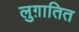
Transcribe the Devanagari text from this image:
लुग़ातित